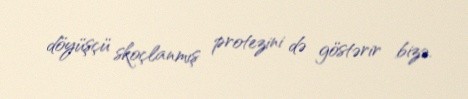
döyüşçü skoçlanmış protezini də göstərir bizə.